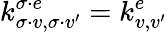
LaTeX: k_{\sigma\cdot v,\sigma\cdot v^{\prime}}^{\sigma\cdot e}=k_{v,v^{\prime}}^{e}